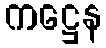
ကဋ္ဌေန